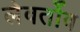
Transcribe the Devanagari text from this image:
लेवर्तोव